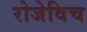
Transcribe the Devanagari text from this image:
रोजेविच